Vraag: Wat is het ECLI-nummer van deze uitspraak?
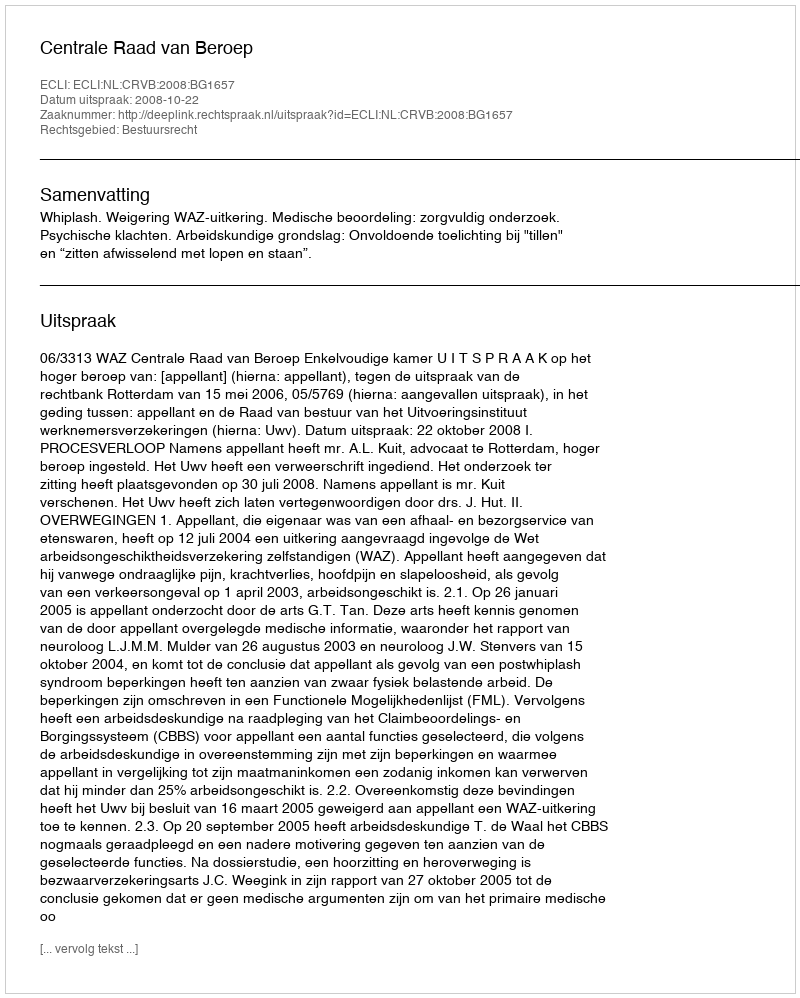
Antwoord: ECLI:NL:CRVB:2008:BG1657